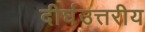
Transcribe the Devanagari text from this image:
दीर्घउत्तरीय